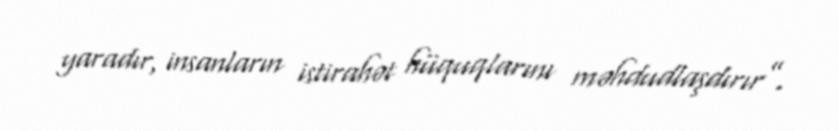
yaradır, insanların istirahət hüquqlarını məhdudlaşdırır”.